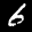
Label: 6